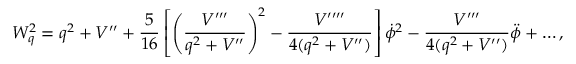
W _ { q } ^ { 2 } = q ^ { 2 } + V ^ { \prime \prime } + { \frac { 5 } { 1 6 } } \left[ \left( { \frac { V ^ { \prime \prime \prime } } { q ^ { 2 } + V ^ { \prime \prime } } } \right) ^ { 2 } - { \frac { V ^ { \prime \prime \prime \prime } } { 4 ( q ^ { 2 } + V ^ { \prime \prime } ) } } \right] \dot { \phi } ^ { 2 } - { \frac { V ^ { \prime \prime \prime } } { 4 ( q ^ { 2 } + V ^ { \prime \prime } ) } } \ddot { \phi } + \ldots ,